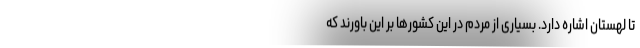
تا لهستان اشاره دارد. بسیاری از مردم در این کشورها بر این باورند که